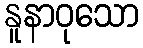
နူနာဝုသော